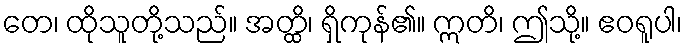
တေ၊ ထိုသူတို့သည်။ အတ္ထိ၊ ရှိကုန်၏။ ဣတိ၊ ဤသို့။ ဧဝရူပါ၊